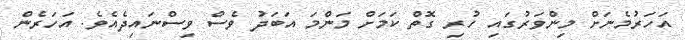
އަހަރުމެނަށް މިންވަރުގައި ހުރި ގޮތް ކަމަށް މަންމަ އަބަދު ވެސް ވިސްނައިދެއެވެ. އަހަރެން